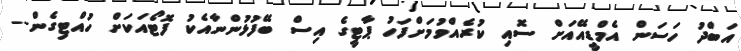
އަބްދު ހަސަން އެމްޑީއޭއަށް ސޮއި ކުރެއްވުމަށްފަހު ޕާޓީގެ އިސް ބޭފުޅުންނާއެކު ފޮޓޯއަކަށް ހުއްޓިގެން--